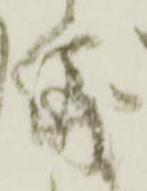
儀